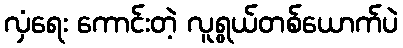
လှံရေး ကောင်းတဲ့ လူရွယ်တစ်ယောက်ပဲ